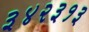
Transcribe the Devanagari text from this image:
३४२३१३